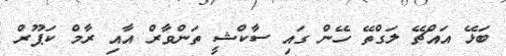
ބަޅޭ އައްޗޭ ލަގްތޭ ހޭން ގައި ސާކްޝީ ތަންވާރް އާއި ރާމް ކަޕޫރް